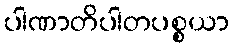
ပါဏာတိပါတပစ္စယာ